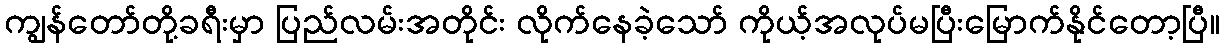
ကျွန်တော်တို့ခရီးမှာ ပြည်လမ်းအတိုင်း လိုက်နေခဲ့သော် ကိုယ့်အလုပ်မပြီးမြောက်နိုင်တော့ပြီ။